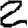
Digit: 2